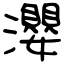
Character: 瀴